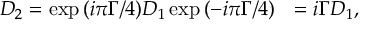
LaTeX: { \cal D } _ { 2 } = \exp { ( i \pi \Gamma / 4 ) } { \cal D } _ { 1 } \exp { ( - i \pi \Gamma / 4 ) } ~ ~ = i { \Gamma } { \cal D } _ { 1 } ,